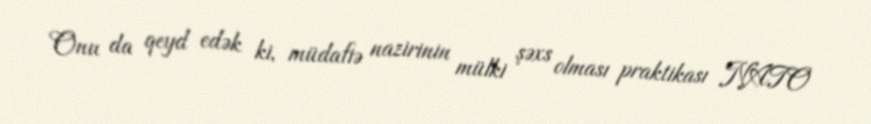
Onu da qeyd edək ki, müdafiə nazirinin mülki şəxs olması praktikası NATO